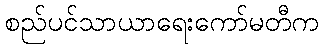
စည်ပင်သာယာရေးကော်မတီက